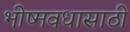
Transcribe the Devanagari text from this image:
भीष्मवधासाठी